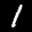
Label: 1